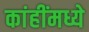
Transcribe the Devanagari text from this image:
कांहींमध्ये